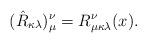
LaTeX: \begin{align*}(\hat{R}_{\kappa \lambda} )_{\mu}^{\nu} = R_{\mu \kappa \lambda}^{\nu}(x).\end{align*}